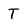
Character: T